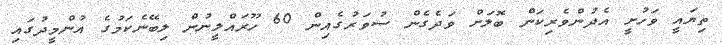
ތިޔައީ ވަހުށީ އެދުންވެރިކަން ބޮލަށް ވަދެގެން ސުވަރުގެއިން 60 ހޫރައްލީނުން ލިބޭނެކަމުގެ އުންމީދުގައި